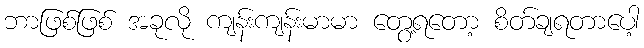
ဘာဖြစ်ဖြစ် အခုလို ကျန်းကျန်းမာမာ တွေ့ရတော့ စိတ်ချရတာပေါ့